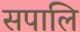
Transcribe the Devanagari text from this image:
सपालि